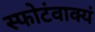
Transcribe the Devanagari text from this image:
स्फोटंवाक्यं